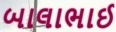
બાલાભાઈ